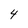
Character: 4